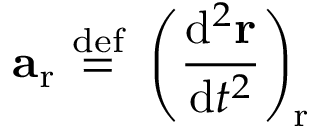
\mathbf { a } _ { \mathrm { r } } \ { \stackrel { \mathrm { d e f } } { = } } \ \left( { \frac { \mathrm { d } ^ { 2 } \mathbf { r } } { \mathrm { d } t ^ { 2 } } } \right) _ { \mathrm { r } }